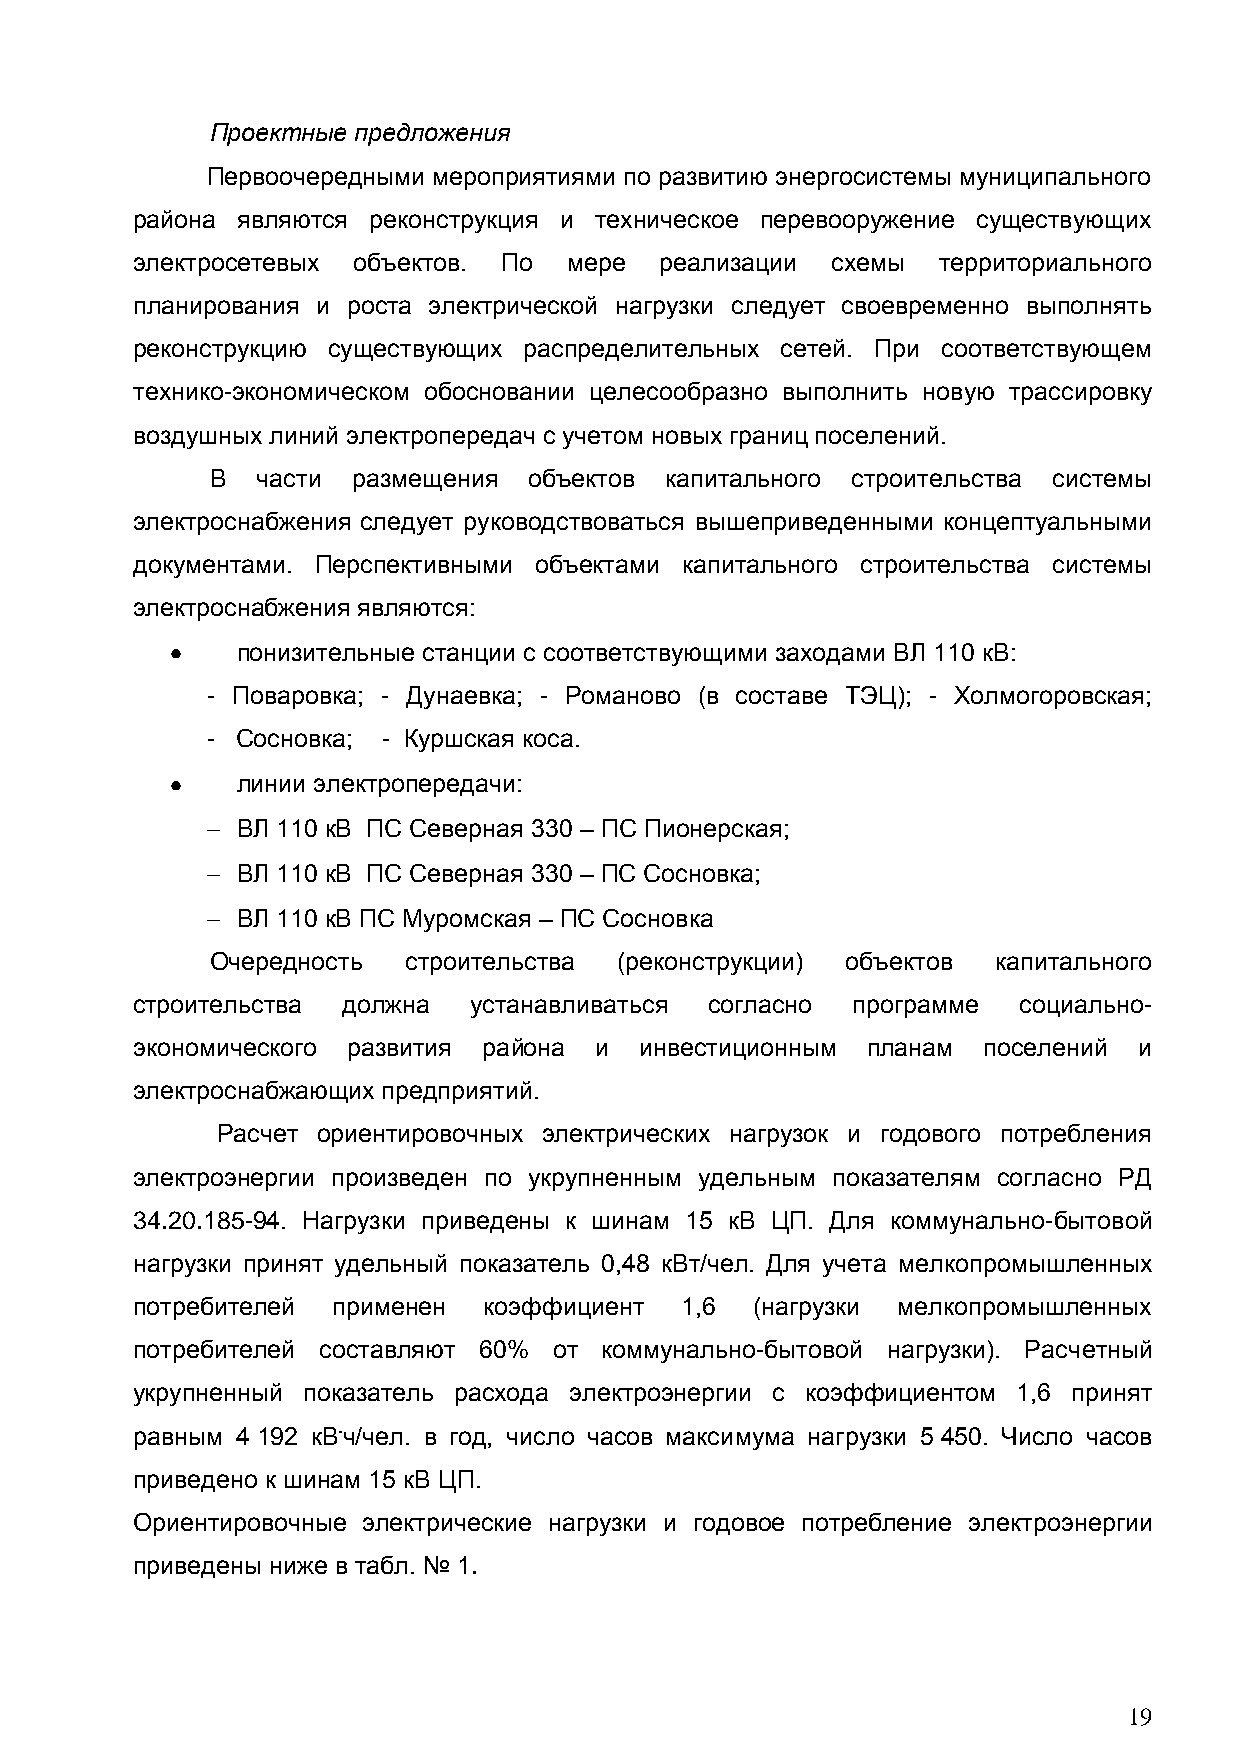
Проектные предложения
 Первоочередными мероприятиями по развитию энергосистемы муниципального
 района являются реконструкция и техническое перевооружение существующих
 электросетевых объектов. По  мере  реализации схемы  территориального
 планирования и роста электрической нагрузки следует своевременно выполнять
 реконструкцию существующих распределительных сетей. При соответствующем
 технико-экономическом обосновании целесообразно выполнить новую трассировку
 воздушных линий электропередач с учетом новых границ поселений.
 В  части размещения  объектов капитального строительства системы
 электроснабжения следует руководствоваться вышеприведенными концептуальными
 документами. Перспективными объектами капитального строительства системы
 электроснабжения являются:
 понизительные станции с соответствующими заходами ВЛ 110 кВ:
 - Поваровка; - Дунаевка; - Романово (в составе ТЭЦ); - Холмогоровская;
 - Сосновка; - Куршская коса.
 линии электропередачи:
 ВЛ 110 кВ ПС Северная 330 – ПС Пионерская;
 ВЛ 110 кВ ПС Северная 330 – ПС Сосновка;
 ВЛ 110 кВ ПС Муромская – ПС Сосновка
 Очередность  строительства (реконструкции) объектов капитального
 строительства должна  устанавливаться согласно программе  социально-
 экономического развития района и инвестиционным планам  поселений и
 электроснабжающих предприятий.
 Расчет ориентировочных электрических нагрузок и годового потребления
 электроэнергии произведен по укрупненным удельным показателям согласно РД
 34.20.185-94. Нагрузки приведены к шинам 15 кВ ЦП. Для коммунально-бытовой
 нагрузки принят удельный показатель 0,48 кВт/чел. Для учета мелкопромышленных
 потребителей применен  коэффициент  1,6  (нагрузки мелкопромышленных
 потребителей составляют 60% от коммунально-бытовой нагрузки). Расчетный
 укрупненный показатель расхода электроэнергии с коэффициентом 1,6 принят
 равным 4 192 кВ.ч/чел. в год, число часов максимума нагрузки 5 450. Число часов
 приведено к шинам 15 кВ ЦП.
 Ориентировочные электрические нагрузки и годовое потребление электроэнергии
 приведены ниже в табл. № 1.
 19